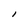
Character: l